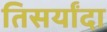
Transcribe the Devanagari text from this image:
तिसर्यांदा